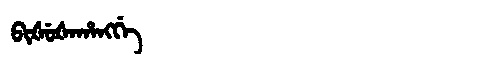
Manchu: ᠪᡳᡧᡠᡧᠠᡥᠠᠩᡤᡝ
Romanization: BIŠUŠAHANGGE